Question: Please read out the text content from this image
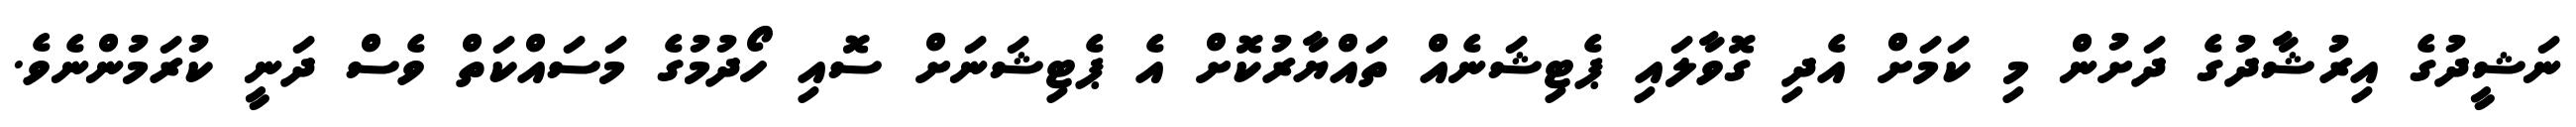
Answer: ނަޝީދުގެ އިރުޝާދުގެ ދަށުން މި ކަމަށް އެދި ގޮވާލައި ޕެޓިޝަނެއް ތައްޔާރުކޮށް އެ ޕެޓިޝަނަށް ސޮއި ހޯދުމުގެ މަސައްކަތް ވެސް ދަނީ ކުރަމުންނެވެ.